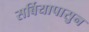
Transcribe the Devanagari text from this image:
सर्बियापासुन